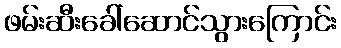
ဖမ်းဆီးခေါ်ဆောင်သွားကြောင်း